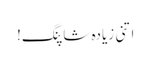
اتنی زیادہ شاپنگ!